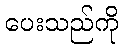
ပေးသည်ကို